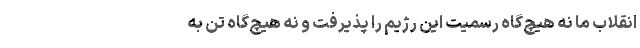
انقلاب ما نه هیچ‌گاه رسمیت این رژیم را پذیرفت و نه هیچ‌گاه تن به